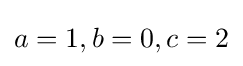
a=1,b=0,c=2